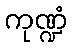
ကုဏ္ဍံ